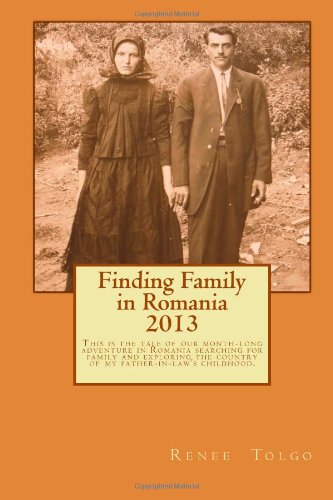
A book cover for Finding Family in Romania 2013: This is the tale of a month long adventure in Romania searching for family and exploring the country of my father-in-law's childhood.; Renee Y Tolgo; Travel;